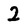
Character: 2